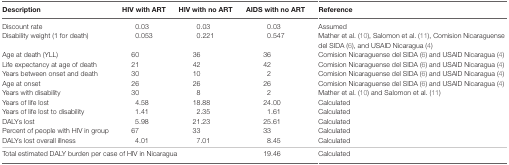
<table><thead><tr><td><b>Description</b></td><td><b>HIV with ART</b></td><td><b>HIV with no ART</b></td><td><b>AIDS with no ART</b></td><td><b>Reference</b></td></tr></thead><tbody><tr><td>Discount rate</td><td>0.03</td><td>0.03</td><td>0.03</td><td>Assumed</td></tr><tr><td>Disability weight (1 for death)</td><td>0.053</td><td>0.221</td><td>0.547</td><td>Mather et al. (10), Salomon et al. (11), Comision Nicaraguense del SIDA (6), and USAID Nicaragua (4)</td></tr><tr><td>Age at death (YLL)</td><td>60</td><td>36</td><td>36</td><td>Comision Nicaraguense del SIDA (6) and USAID Nicaragua (4)</td></tr><tr><td>Life expectancy at age of death</td><td>21</td><td>42</td><td>42</td><td>Comision Nicaraguense del SIDA (6) and USAID Nicaragua (4)</td></tr><tr><td>Years between onset and death</td><td>30</td><td>10</td><td>2</td><td>Comision Nicaraguense del SIDA (6) and USAID Nicaragua (4)</td></tr><tr><td>Age at onset</td><td>26</td><td>26</td><td>26</td><td>Comision Nicaraguense del SIDA (6) and USAID Nicaragua (4)</td></tr><tr><td>Years with disability</td><td>30</td><td>8</td><td>2</td><td>Mather et al. (10) and Salomon et al. (11)</td></tr><tr><td>Years of life lost</td><td>4.58</td><td>18.88</td><td>24.00</td><td>Calculated</td></tr><tr><td>Years of life lost to disability</td><td>1.41</td><td>2.35</td><td>1.61</td><td>Calculated</td></tr><tr><td>DALYs lost</td><td>5.98</td><td>21.23</td><td>25.61</td><td>Calculated</td></tr><tr><td>Percent of people with HIV in group</td><td>67</td><td>33</td><td>33</td><td>Calculated</td></tr><tr><td>DALYs lost overall illness</td><td>4.01</td><td>7.01</td><td>8.45</td><td>Calculated</td></tr><tr><td colspan="3">Total estimated DALY burden per case of HIV in Nicaragua</td><td>19.46</td><td>Calculated</td></tr></tbody></table>